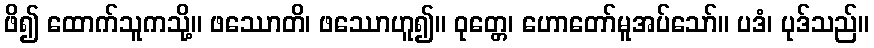
ဖိ၍ ထောက်သူကသို့။ ဖဿောတိ၊ ဖဿောဟူ၍။ ဝုတ္တေ၊ ဟောတော်မူအပ်သော်။ ပဒံ၊ ပုဒ်သည်။